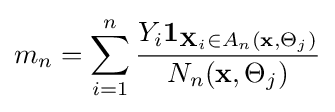
m_{n}=\sum _{i=1}^{n}{\frac {Y_{i}\mathbf {1} _{\mathbf {X} _{i}\in A_{n}(\mathbf {x} ,\Theta _{j})}}{N_{n}(\mathbf {x} ,\Theta _{j})}}